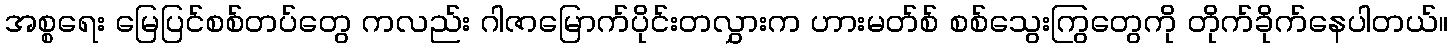
အစ္စရေး မြေပြင်စစ်တပ်တွေ ကလည်း ဂါဇာမြောက်ပိုင်းတလွှားက ဟားမတ်စ် စစ်သွေးကြွတွေကို တိုက်ခိုက်နေပါတယ်။